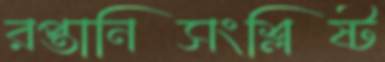
রপ্তানিসংশ্লিষ্ট